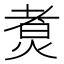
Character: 煑